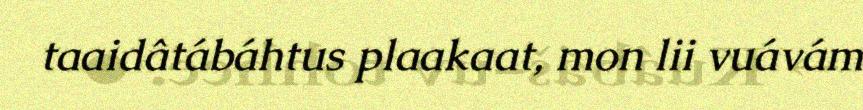
taaidâtábáhtus plaakaat, mon lii vuávám